Destruction of fleas by exposure to the sun - Number 40
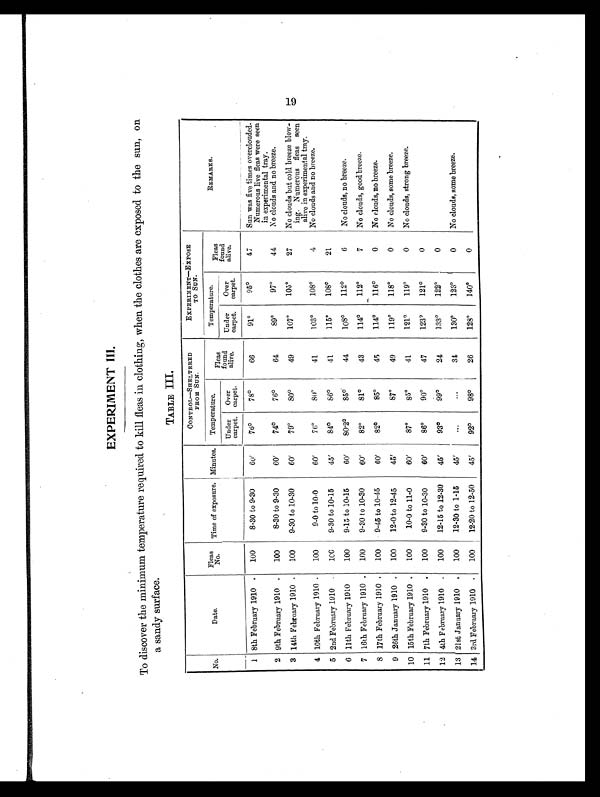
EXPERIMENT III.
To discover the minimum temperature required to kill fleas in clothing, when the clothes are exposed to the sun, on
a sandy surface.
TABLE III.
No.
Date.
Fleas
No.
Time of exposure. Minutes.
CONTROL—SHELTERED
FROM SUN.
EXPERIMENT—EXPOSE
TO SUN.
REMARKS.
Temperature.
Fleas
found alive.
Temperature.
Fleas
found alive.
Under
carpet.
Over
carpet.
Under
carpet.
Over
carpet.
1 8th February 1910 .
100
8-30 to 9-30
60'
76°78°6 6
91°9 5°47
Sun was five times overclouded.
Numerous live fleas were seen
in experimental tray.
2 9th February 1910 .
100
8-30 to 9-30
60'
74°76°64
89°9 7°44
No clouds and no breeze.
3 14th February 1910 .
100
9-30 to 10-30
60'
79°8 0°4 9
107°1 05°27
No clouds but cold breeze blow-
ing. Numerous fleas seen
alive in experimental tray.
4 10th February 1910 .
100
9-0 to 10-0
60'
76°80°41
103°108°4
No clouds and no breeze.
5 2nd February 1910
.
100
9-30 to 10-15
45'
84°86°41
115°108°21
6 11th February 1910
100
9-15 to 10-15
60'
80.2°85°44
108°112°6
No clouds, no breeze.
7 16th February 1910 .
100
9-30 to 10-30
60'
82°81°43
114°112°7
No clouds, good breeze.
8 17th February 1910 .
100
9-45 to 10-45
60'
82°85°45
114°116°0
No clouds, no breeze.
9 26th January 1910 .
100
12-0 to 12-45
45'
87°49
119°118°0
No clouds, some breeze.
10 15th February 1910
.
100
10-0 to 11-0
60'
87°85°41
121°119°0
No clouds, strong breeze.
11 7th February 1910 .
100
9-30 to 10-30
60'
86°90°47
123°121°0
12 4th February 1910 .
100
12-15 to 12-30
45'
93°99°24
133°122°0
13 21st January 1910 .
100
12-30 to 1-15
45'
. . .
. . .
34
130°123°0
No clouds, some breeze.
14 3rd February 1910 .
100
12-20 to 12-50
45'
92°98°26
128°140°0